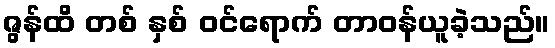
ဇွန်ထိ တစ် နှစ် ဝင်ရောက် တာဝန်ယူခဲ့သည်။